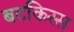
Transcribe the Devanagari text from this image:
बटकिस्स